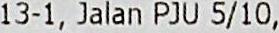
13-1, JALAN PJU 5/10,